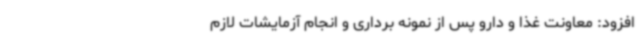
افزود: معاونت غذا و دارو پس از نمونه برداری و انجام آزمایشات لازم